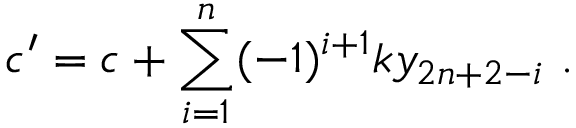
c ^ { \prime } = c + \sum _ { i = 1 } ^ { n } ( - 1 ) ^ { i + 1 } k y _ { 2 n + 2 - i } ~ . ~ \,